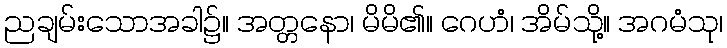
ညချမ်းသောအခါ၌။ အတ္တနော၊ မိမိ၏။ ဂေဟံ၊ အိမ်သို့။ အဂမံသု၊